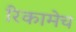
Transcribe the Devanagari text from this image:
रिकामेच